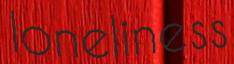
loneliness